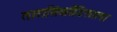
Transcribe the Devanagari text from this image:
तारासिकॉडिसाला